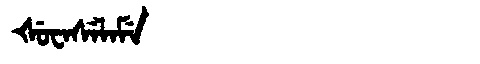
Manchu: ᡧᡠᠸᠠᠰᡝᠯᠠᠮᡝ
Romanization: ŠUWASELAME